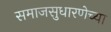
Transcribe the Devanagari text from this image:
समाजसुधारणेच्या